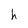
Character: h